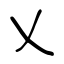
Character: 乂